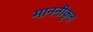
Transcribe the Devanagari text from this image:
माननीकृत